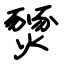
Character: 燹